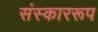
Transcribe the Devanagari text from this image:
संस्काररूप